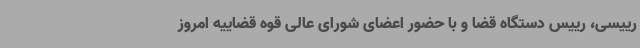
رییسی، رییس دستگاه قضا و با حضور اعضای شورای عالی قوه قضاییه امروز